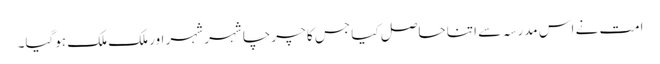
امت نے اس مدرسہ سے اتنا حاصل کیا جس کا چرچا شہر شہر اور ملک ملک ہوگیا۔